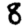
Digit: 8